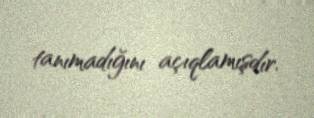
tanımadığını açıqlamışdır.